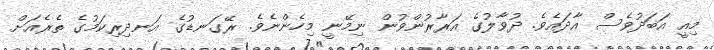
މިއީ އަބަދުވެސް އާދައެވެ. ދުވާލުގެ އަރާރުންވުން ނިމޭނީ މިހެންނެވެ. ރޭގަނޑުގެ އަނދިރިކަމުގެ ތެރެއަށް